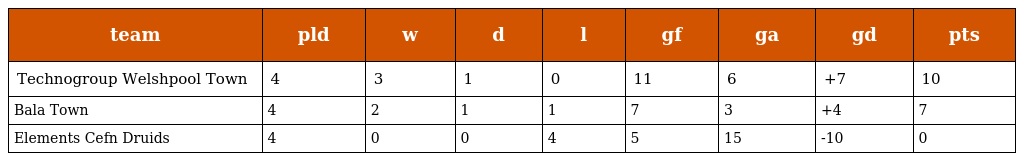
| team | pld | w | d | l | gf | ga | gd | pts |
 | --- | --- | --- | --- | --- | --- | --- | --- | --- |
 | Technogroup Welshpool Town | 4 | 3 | 1 | 0 | 11 | 6 | +7 | 10 |
 | Bala Town | 4 | 2 | 1 | 1 | 7 | 3 | +4 | 7 |
 | Elements Cefn Druids | 4 | 0 | 0 | 4 | 5 | 15 | -10 | 0 |